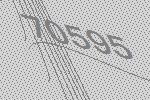
70595